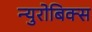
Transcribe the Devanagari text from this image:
न्युरोबिक्स